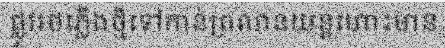
ផ្លូវរថភ្លើងថ្មីទៅកាន់ព្រលានយន្តហោះមាន